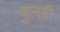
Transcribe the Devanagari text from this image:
कुनही